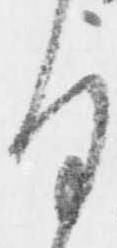
る